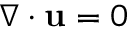
\nabla \cdot \mathbf { u } = 0